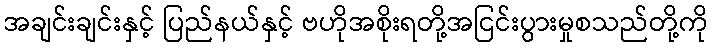
အချင်းချင်းနှင့် ပြည်နယ်နှင့် ဗဟိုအစိုးရတို့အငြင်းပွားမှုစသည်တို့ကို